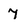
Character: 7